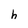
Character: h